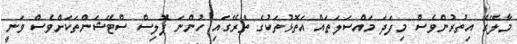
މާލޭގެ އިތުރުންވެސް މިފަދަ މައްސަލަތައް އަތޮޅުތަކުގެ ތެރޭގައި ހުންނަ ޕޮލިސް ސްޓޭޝަންތަކަށްވެސް ވަނީ